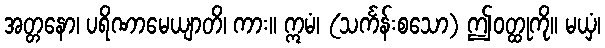
အတ္တနော၊ ပရိဏာမေယျာတိ၊ ကား။ ဣမံ၊ (သင်္ကန်းစသော) ဤဝတ္ထုကို။ မယှံ၊